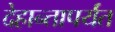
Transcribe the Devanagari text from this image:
देहान्तापर्यंत